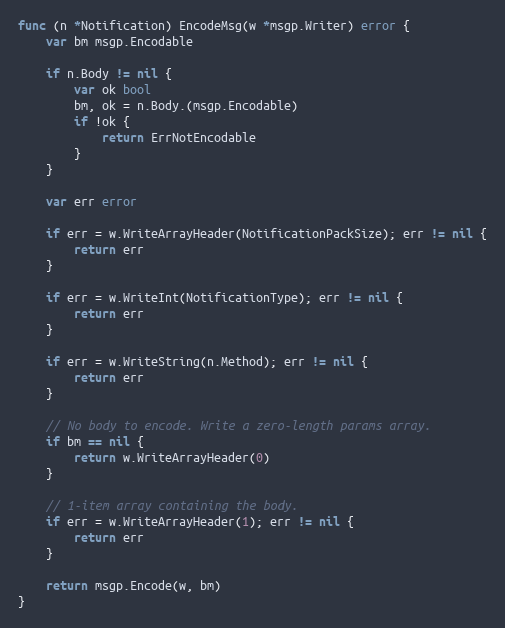
Language: Go
func (n *Notification) EncodeMsg(w *msgp.Writer) error {
	var bm msgp.Encodable

	if n.Body != nil {
		var ok bool
		bm, ok = n.Body.(msgp.Encodable)
		if !ok {
			return ErrNotEncodable
		}
	}

	var err error

	if err = w.WriteArrayHeader(NotificationPackSize); err != nil {
		return err
	}

	if err = w.WriteInt(NotificationType); err != nil {
		return err
	}

	if err = w.WriteString(n.Method); err != nil {
		return err
	}

	// No body to encode. Write a zero-length params array.
	if bm == nil {
		return w.WriteArrayHeader(0)
	}

	// 1-item array containing the body.
	if err = w.WriteArrayHeader(1); err != nil {
		return err
	}

	return msgp.Encode(w, bm)
}